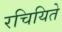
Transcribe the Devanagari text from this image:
रचियिते